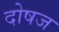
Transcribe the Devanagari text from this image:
दोषज